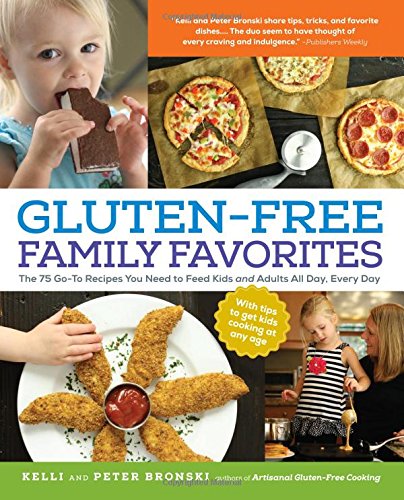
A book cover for Gluten-Free Family Favorites: The 75 Go-To Recipes You Need to Feed Kids and Adults All Day, Every Day; Kelli Bronski; Cookbooks, Food & Wine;